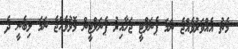
މެޗު އެއްވަރުވެއްޖެ ނަމަ ޕެނަލްޓީ ޖަހާއިރު ޕެނަލްޓީން މޮޅުވެއްޖެ ނަމަ ލިބެނީ ދެ